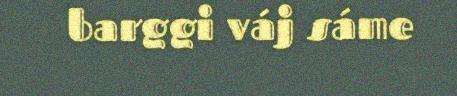
barggi váj sáme